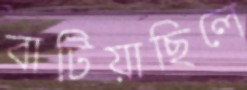
বাটিয়াছিলে